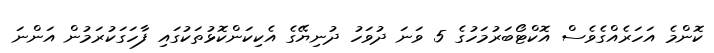
ކޮންމެ އަހަރެއްގެވެސް އޮކްޓޯބަރުމަހުގެ 5 ވަނަ ދުވަހު ދުނިޔޭގެ އެކިކަންކޮޅުތަކުގައި ފާހަގަކުރަމުން އަންނަ